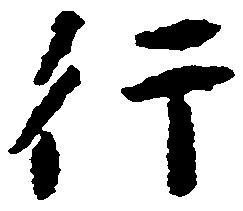
行